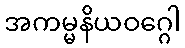
အကမ္မနိယဝဂ္ဂေါ